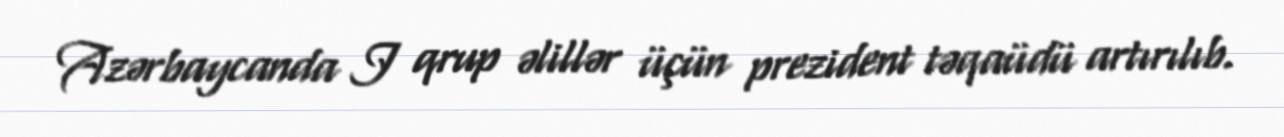
Azərbaycanda I qrup əlillər üçün prezident təqaüdü artırılıb.